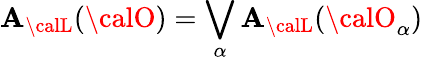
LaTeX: {\cal\mathbf{A}}_{\calL}({\calO})=\bigvee_{\alpha}{\cal\mathbf{A}}_{\calL}({\calO}_{\alpha})